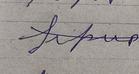
Signature authenticity: forged